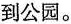
到公园。